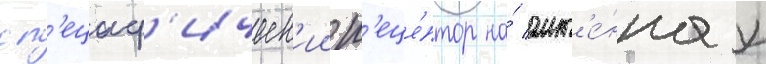
сп'ециф'ическ'ии р'еце́птор на́ ант'е́ннах